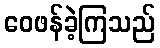
ဝေဖန်ခဲ့ကြသည်